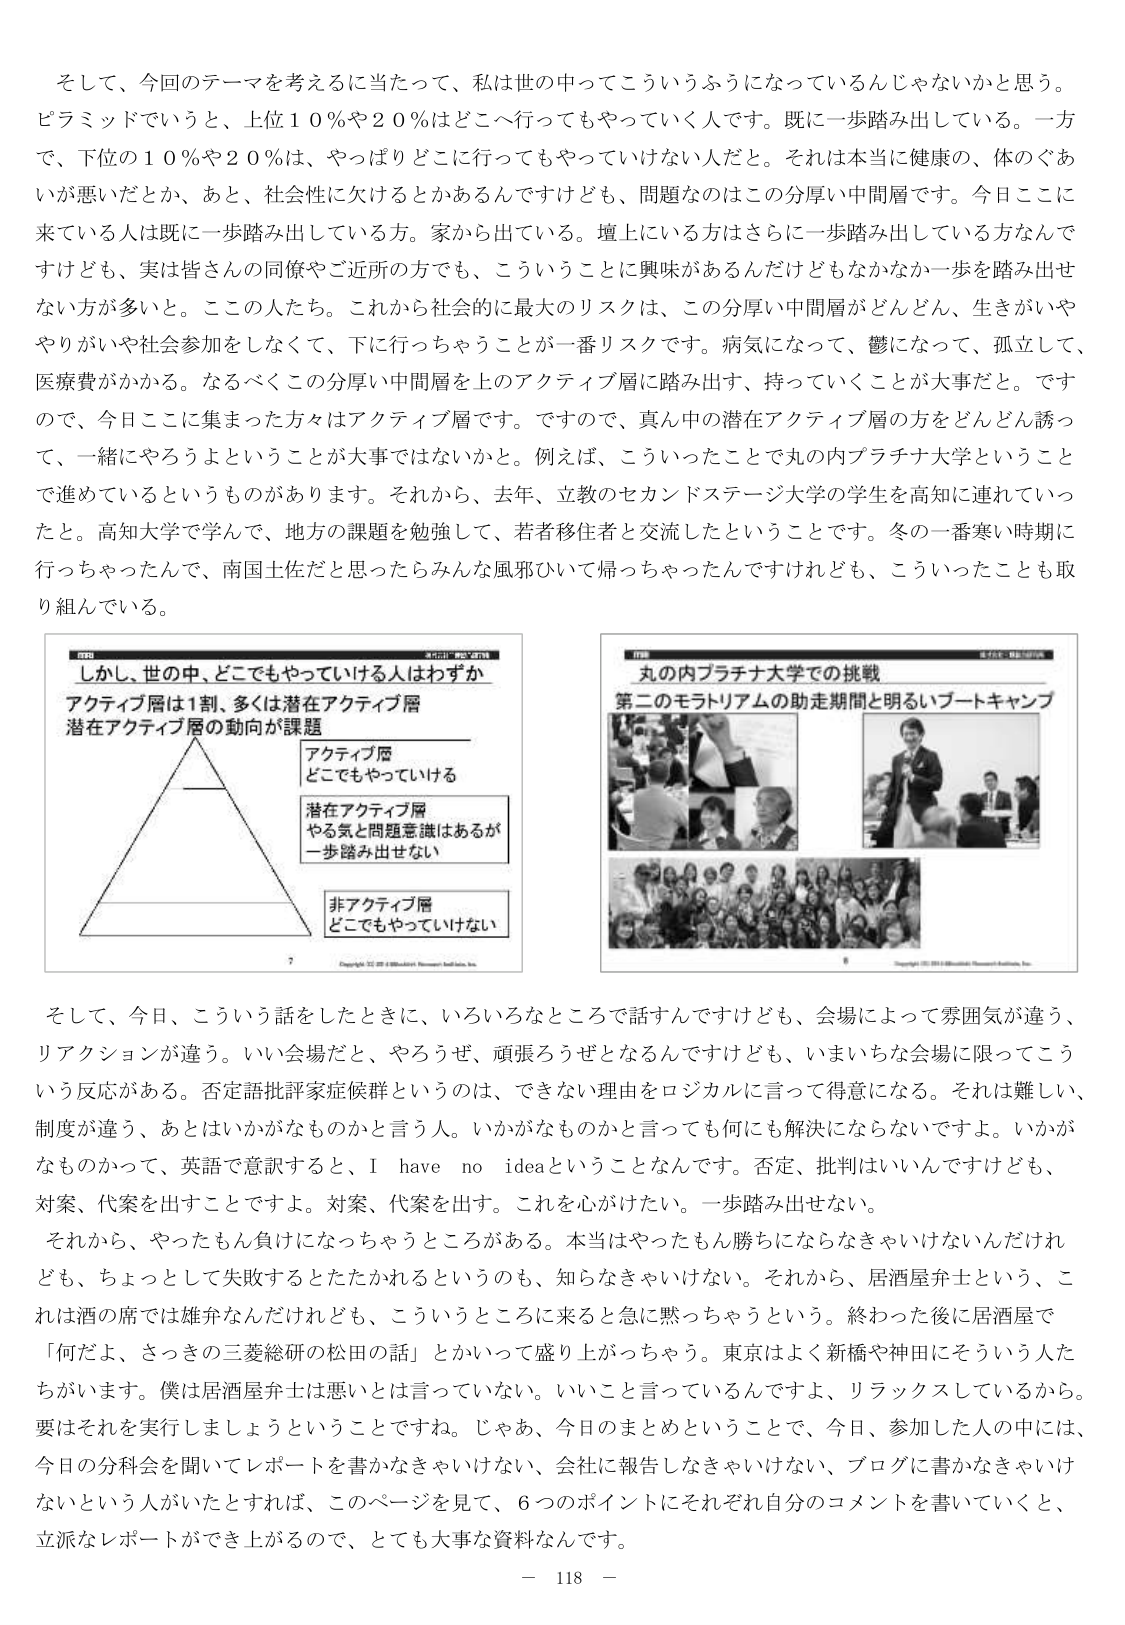
そして、今回のテーマを考えるに当たって、私は世の中ってこういうふうになっているんじゃないかと思う。
ピラミッドでいうと、上位１０％や２０％はどこへ行ってもやっていく人です。既に一歩踏み出している。一方で、下位の１０％や２０％は、やっぱりどこに行ってもやっていけない人だと。それは本当に健康の、体のぐあいが悪いだとか、あと、社会性に欠けるとかあるんですけども、問題なのはこの分厚い中間層です。今日ここに来ている人は既に一歩踏み出している方。家から出ている。壇上にいる方はさらに一歩踏み出している方なんですけども、実は皆さんの同僚やご近所の方でも、こういうことに興味があるんだけどもなかなか一歩を踏み出せない方が多いと。この人たち。これから社会的に最大のリスクは、この分厚い中間層がどんどん、生きがいややりがいや社会参加をしなくて、下に行っちゃうことが一番リスクです。病気になって、鬱になって、孤立して、医療費がかかる。なるべくこの分厚い中間層を上のアクティブ層に踏み出す、持っていくことが大事だと。ですので、今日ここに集まった方々はアクティブ層です。ですので、真ん中の潜在アクティブ層の方をどんどん誘って、一緒にやろうよということが大事ではないかと。例えば、こういったことで丸の内プラチナ大学ということを進めているというものがあります。それから、去年、立教のセカンドステージ大学の学生を高知に連れていったと。高知大学で学んで、地方の課題を勉強して、若者移住者と交流したということです。冬の一番寒い時期に行っちゃったんで、南国土佐だと思ったらみんな風邪ひいて帰っちゃったんですけども、こういったことも取り組んでいる。

図表
しかし、世の中、どこでもやっていける人はわずか
アクティブ層は1割、多くは潜在アクティブ層
潜在アクティブ層の動向が課題